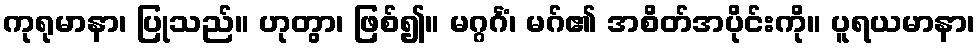
ကုရုမာနာ၊ ပြုသည်။ ဟုတွာ၊ ဖြစ်၍။ မဂ္ဂင်္ဂံ၊ မဂ်၏ အစိတ်အပိုင်းကို။ ပူရယမာနာ၊